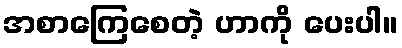
အစာကြေစေတဲ့ ဟာကို ပေးပါ။